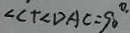
\angle C + \angle D A C = 9 0 ^ { \circ }